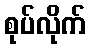
စုပ်လိုက်